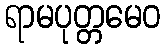
ရာမပုတ္တမေဝ